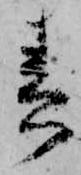
春